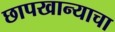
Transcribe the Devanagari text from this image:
छापखान्याचा